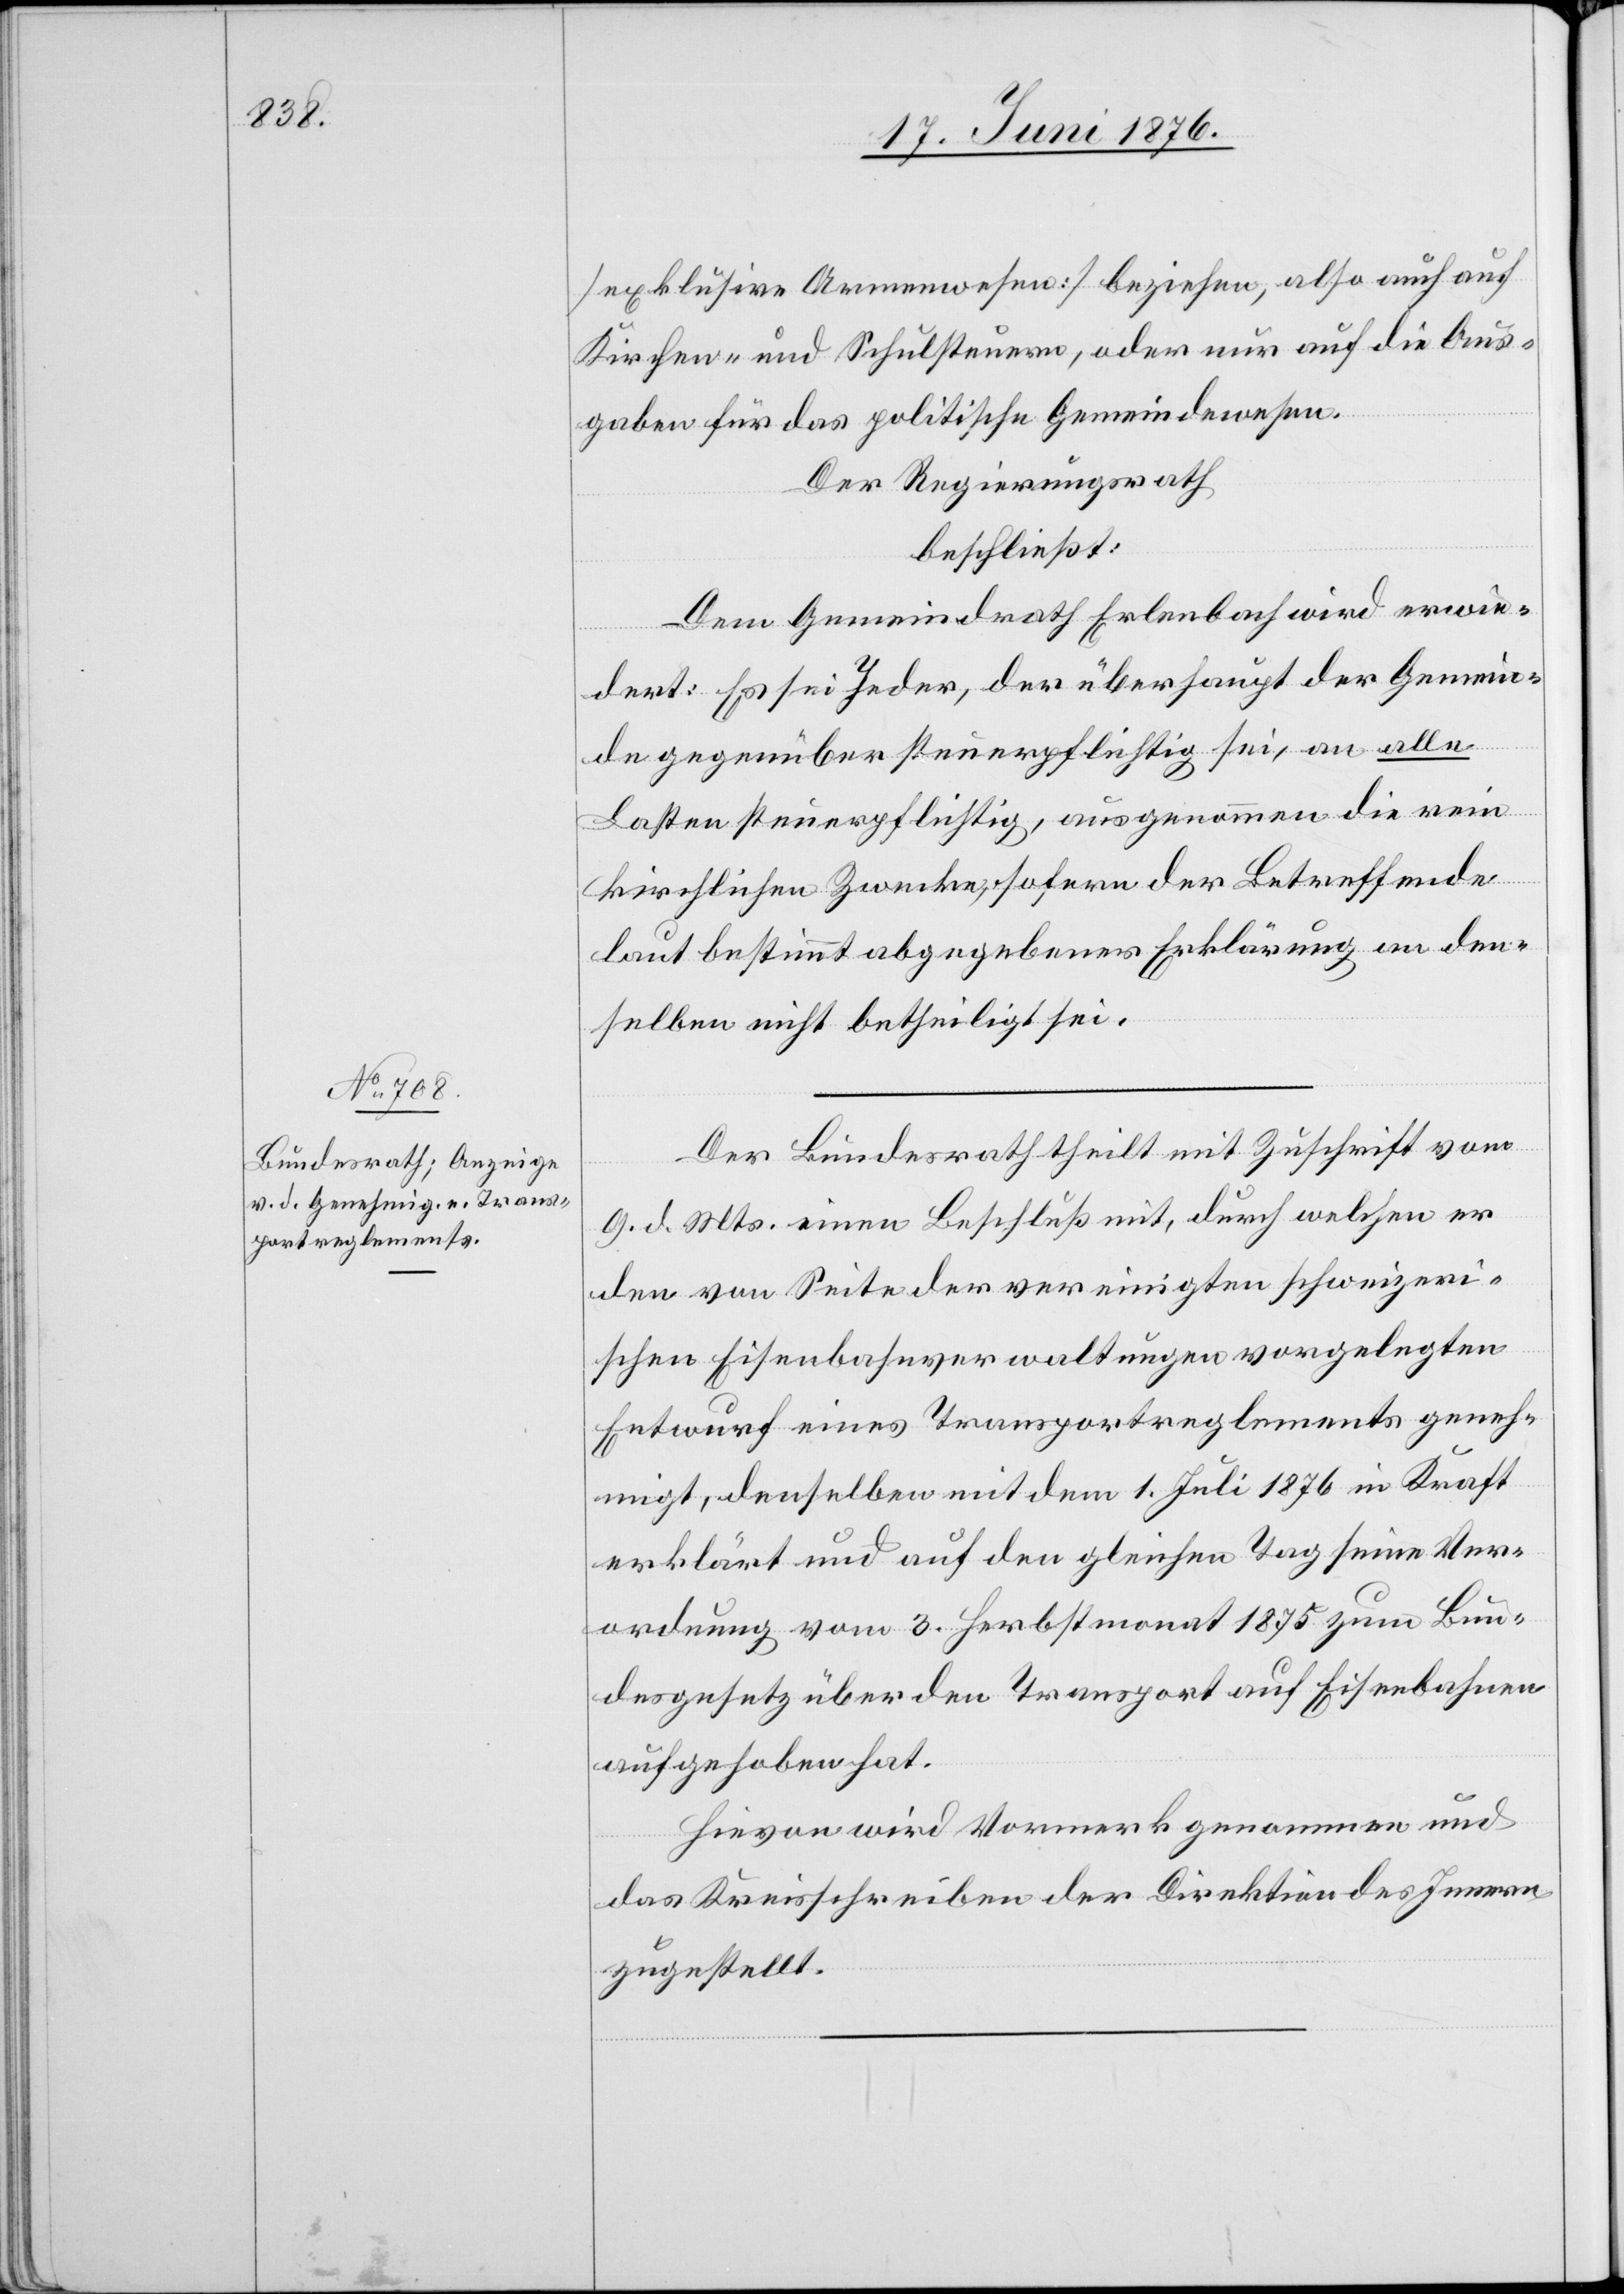
[exklusive Armenwesen] beziehen, also auch auf
Kirchen- und Schulsteuern, oder nur auf die Aus¬
gaben für das politische Gemeindewesen.
Der Regierungsrath
beschließt:
Dem Gemeindrath Erlenbach wird erwie¬
dert: Es sei Jeder, der überhaupt der Gemein¬
de gegenüber steuerpflichtig sei, an alle
Lasten steuerpflichtig, ausgenommen die rein
kirchlichen Zwecke, sofern der Betreffende
laut bestimmt abgegebener Erklärungen an den¬
selben nicht betheiligt sei.
Der Bundesrath theilt mit Zuschrift vom
9. d. Mts. einen Beschluß mit, durch welchen er
den von Seite der vereinigten schweizeri¬
schen Eisenbahnverwaltungen vorgelegten
Entwurf eines Transportreglements geneh¬
migt, denselben mit dem 1. Juli 1876 in Kraft
erklärt und auf den gleichen Tag seine Ver¬
ordnung vom 3. Herbstmonat 1875 zum Bun¬
desgesetz über den Transport auf Eisenbahnen
aufgehoben hat.
Hievon wird Vormerk genommen und
das Kreisschreiben der Direktion des Innern
zugestellt.